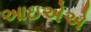
આઇએએ